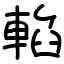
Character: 輡